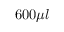
6 0 0 \mu l